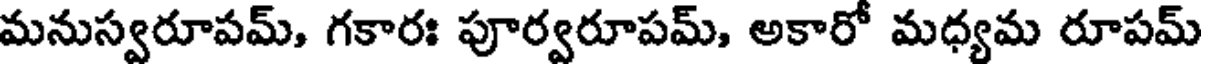
మనుస్వరూపమ్, గకారః పూర్వరూపమ్, అకారో మధ్యమ రూపమ్